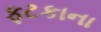
ફટકાના